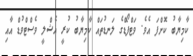
ކާމިޔާބު ކޮށްފަ އެވެ. ވަޓްފޯޑްގެ ލަނޑުތައް ކާމިޔާބު ކުރީ އެޝްލީ ވެސްޓްވުޑް އާއި